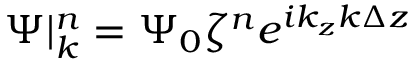
\Psi | _ { k } ^ { n } = \Psi _ { 0 } \zeta ^ { n } e ^ { i k _ { z } k \Delta z }